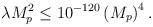
LaTeX: \begin{align*}\lambda M_p^2 \leq 10^{-120} \left( M_p\right)^4 .\end{align*}